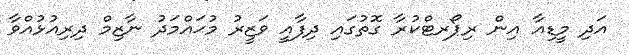
އަދި މީޑިއާ އިން ރިޕޯރޓްކުރާ ގޮތުގައި ދިފާއީ ވަޒީރު މުޙައްމަދު ނާޒިމް ދިރިއުޅުއްވާ